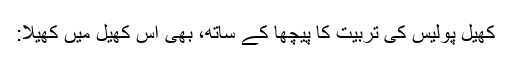
کھیل پولیس کی تربیت کا پیچھا کے ساتھ، بھی اس کھیل میں کھیلا: